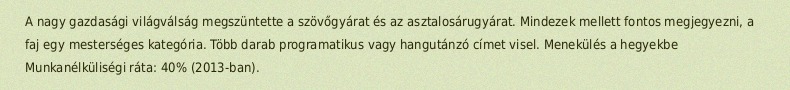
A nagy gazdasági világválság megszüntette a szövőgyárat és az asztalosárugyárat. Mindezek mellett fontos megjegyezni, a faj egy mesterséges kategória. Több darab programatikus vagy hangutánzó címet visel. Menekülés a hegyekbe Munkanélküliségi ráta: 40% (2013-ban).